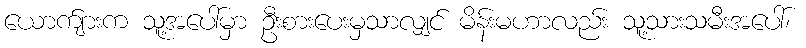
ယောက်ျားက သူ့အပေါ်မှာ ဦးစားပေးမှသာလျှင် မိန်းမဟာလည်း သူ့သားသမီးအပေါ်၊